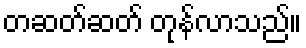
တဆတ်ဆတ် တုန်လာသည်။